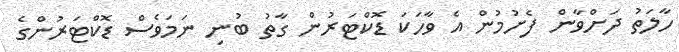
ހާލަތު ދަށްވާން ފެށުމުން އެ ވާހަކަ ޑޮކްޓަރުން ގާތު ބުނި ނަމަވެސް ޑޮކްޓަރުންގެ